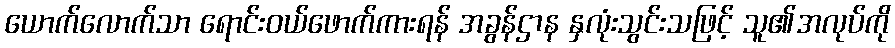
ယောက်လောက်သာ ရောင်းဝယ်ဖောက်ကားရန် အခွန်ဌာန နှလုံးသွင်းသဖြင့် သူ၏အလုပ်ကို